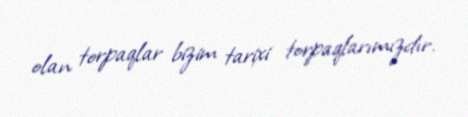
olan torpaqlar bizim tarixi torpaqlarımızdır.